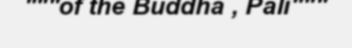
"""of the Buddha , Pali"""